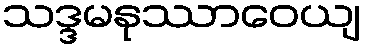
သဒ္ဒမနုဿာဝေယျ